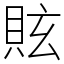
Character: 䝮